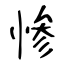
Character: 惨